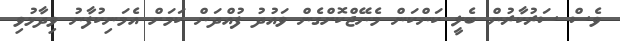
ވެސް ސަރުކާރުން ބެލީ ކަންކަން މެނޭޖްކޮށްގެން ވައުދު ފުއްދަން ކަމަށް އެމަނިކުފާނު ވިދާޅުވި